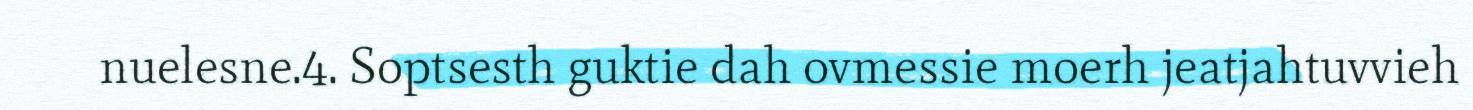
nuelesne.4. Soptsesth guktie dah ovmessie moerh jeatjahtuvvieh